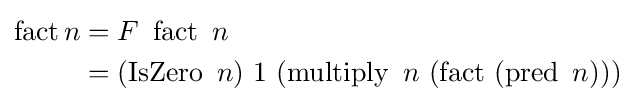
{\begin{aligned}\operatorname {fact} n&=F\ \operatorname {fact} \ n\\&=(\operatorname {IsZero} \ n)\ 1\ (\operatorname {multiply} \ n\ (\operatorname {fact} \ (\operatorname {pred} \ n)))\ \end{aligned}}